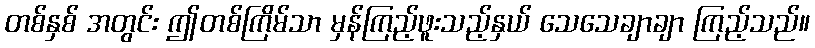
တစ်နှစ် အတွင်း ဤတစ်ကြိမ်သာ မှန်ကြည့်ဖူးသည့်နှယ် သေသေချာချာ ကြည့်သည်။